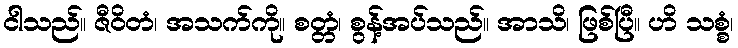
ငါသည်။ ဇီဝိတံ၊ အသက်ကို။ စတ္တံ၊ စွန့်အပ်သည်။ အာသိ၊ ဖြစ်ပြီ။ ဟိ သစ္စံ၊